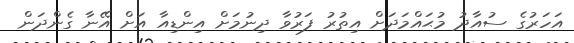
އަހަރުގެ ސުއާދު މުޙައްމަދަށް އިތުރު ފަރުވާ ދިނުމަށް އިންޑިއާ އަށް އޭނާ ގެންދަން